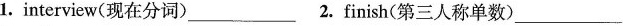
1.interview(现在分词)___2.Finish(第三人称单数)___